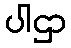
ပါဌာ